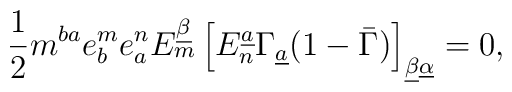
{1\over 2}m^{ba}e_b^me^n_aE_m^{\underline\beta}\left[E_n^{\underline a}\Gamma_{\underline a}(1-\bar\Gamma)\right]_{\underline\beta\underline\alpha}=0,